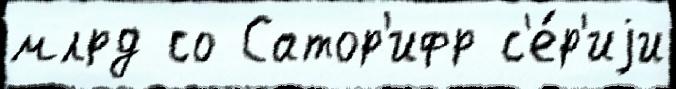
млрд со Сатор'ифр с'е́р'иjи